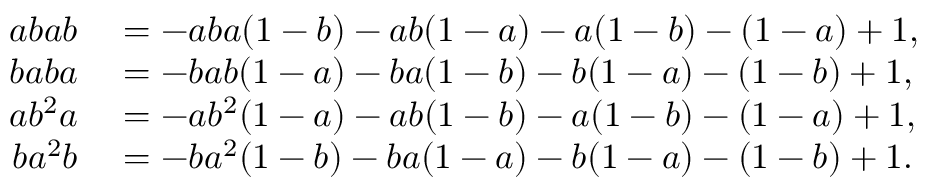
\begin{array} { r l } { a b a b } & { { } = - a b a ( 1 - b ) - a b ( 1 - a ) - a ( 1 - b ) - ( 1 - a ) + 1 , } \\ { b a b a } & { { } = - b a b ( 1 - a ) - b a ( 1 - b ) - b ( 1 - a ) - ( 1 - b ) + 1 , } \\ { a b ^ { 2 } a } & { { } = - a b ^ { 2 } ( 1 - a ) - a b ( 1 - b ) - a ( 1 - b ) - ( 1 - a ) + 1 , } \\ { b a ^ { 2 } b } & { { } = - b a ^ { 2 } ( 1 - b ) - b a ( 1 - a ) - b ( 1 - a ) - ( 1 - b ) + 1 . } \end{array}